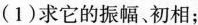
(1)求它的振幅、初相；